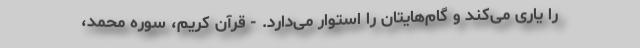
را یاری می‌کند و گام‌هایتان را استوار می‌دارد. - قرآن کریم، سوره محمد،